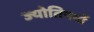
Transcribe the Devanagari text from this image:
ज्योतिषयों